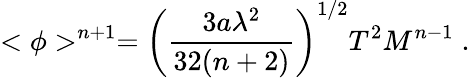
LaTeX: <\phi>^{n+1}=\left({\frac{3a\lambda^{2}}{32(n+2)}}\right)^{1/2}T^{2}M^{n-1}\; .